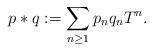
LaTeX: \begin{align*}p\ast q:=\sum_{n \geq 1}p_n q_nT^n.\end{align*}